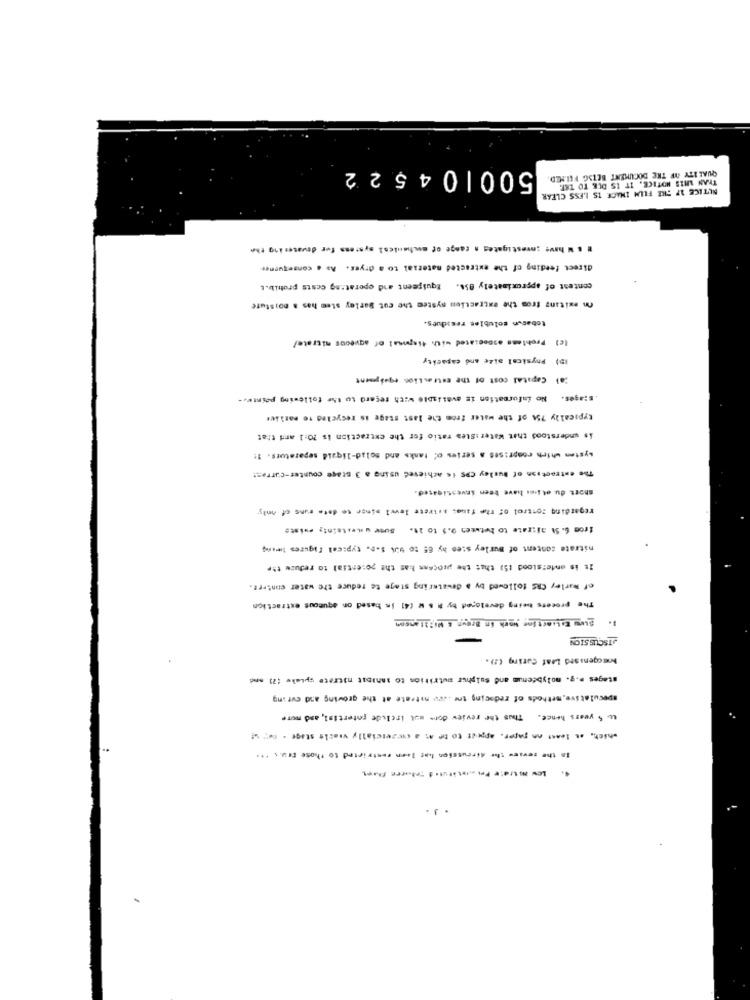
500104522
QUALITY OF THE DOCUMENT BETSG FELSED
THAN AHIS NOTICE. IT IS DUE TO TET.
NUTICE 17 SKE FILM INACE IS LESS CLEAR
" " W have Investigates a range of mechanical systems for dewatering the
direct feeding of the extracted material to a dryer. As . consequener-
contest of approximately 858. Equipment and operating costs prohib.L
On exitang from the extraction system the cut Barley stem has & moistufe
tobacun solubles ressdues.
(c) Problems associated with disposal of aqueous nitrate/
ID) Physical alle and capacity
Fal Capital cost of the Extraction equipment
.S:ages. No information is available with regard to the following pointw .-
typically 754 of the water from the last stage is recycled 16 Pathies
is understood that Water :Stea ratio for the extraction is 20:1 and that
system which comprises a series of tanks and solad-liquid separators. 1:
The estrostisn of Burley CPS is achieved using a 3 stage counter-carras:
short du ol insus have been investigated.
regarding control of The fine. sstress level minor to date runs of only
from 6. St ai:rate to between 9.5 to 11. Suer uneitain !, existe
nitrate content of Burley stes hy 65 to wok S.P. typ:cal Figures twimy
It is understood (5) that the process has the potential to reduce the
of Warley CRS followed by a dewatering stage to reduce the water contert.
The process being developed by M & M (41 in based on aqueous extraction
1. Sure Extinction Work in Brown & Mightanson
JISCUS SION
boucgensstd Leaf Curing (2).
stages .. g. molybdenum and Sulphur mutrition to sahibit nitrate spiele (2) and
speculative methods of reducing ame p nitrate at the growing and curing
to 5 years hence. Thus the review dore out Include potertisi, and more
which, at least on paper, appear to tr M a wwzescially viathe stage - Key w
In the review the discussion hat leen restricted to those Fra. . ...